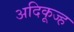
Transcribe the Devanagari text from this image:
अदिकूज्ह